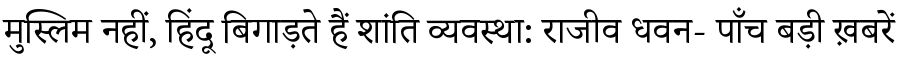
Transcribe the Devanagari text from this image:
मुस्लिम नहीं, हिंदू बिगाड़ते हैं शांति व्यवस्था: राजीव धवन- पाँच बड़ी ख़बरें